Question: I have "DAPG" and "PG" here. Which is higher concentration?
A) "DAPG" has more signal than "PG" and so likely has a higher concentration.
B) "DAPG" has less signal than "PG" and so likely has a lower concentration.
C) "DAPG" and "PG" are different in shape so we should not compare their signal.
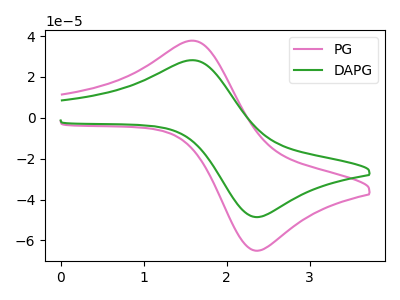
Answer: <think>The pink curve "PG" has an anodic peak at (1.60V, 37.70uA) and a cathodic peak at (2.40V, -65.00uA). The green curve "DAPG" has an anodic peak at (1.60V, 28.20uA) and a cathodic peak at (2.40V, -48.55uA).
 All the peaks in "DAPG" have a peak in "PG" at the same potential. Every peak in "DAPG" is lower than every peak in "PG".</think>
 <answer>B) "DAPG" has less signal than "PG" and so likely has a lower concentration.</answer>
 <eval>B</eval>